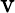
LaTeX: \mathrm{v}